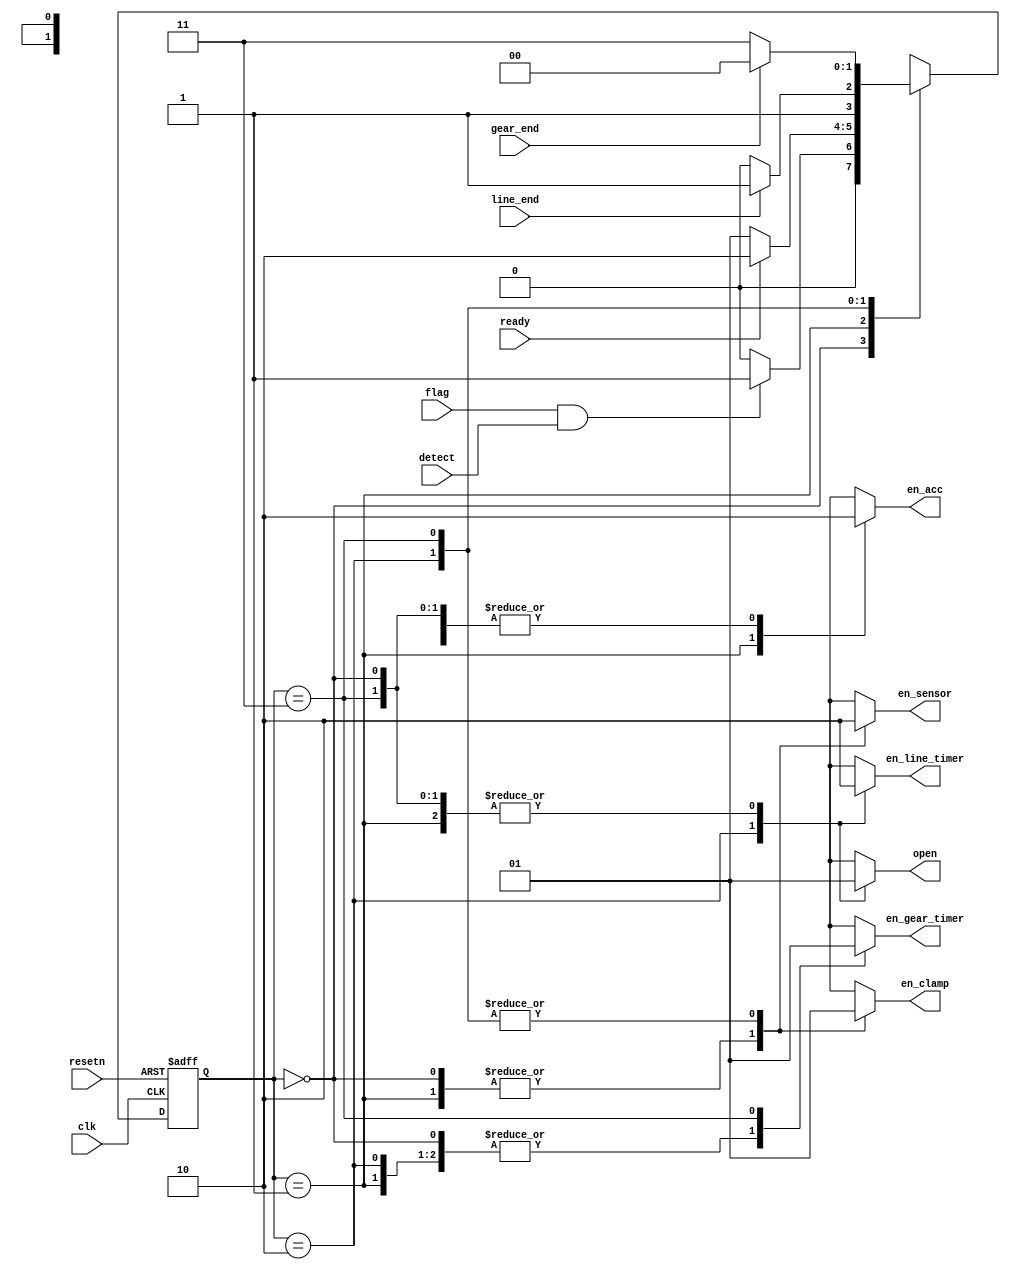
`timescale 1ns/1ps
module fsm
(
  //inputs
   clk
  ,resetn
  ,flag
  ,ready
  ,line_end
  ,gear_end
  ,detect
  
  //outputs
  ,open
  ,en_sensor
  ,en_acc
  ,en_clamp
  ,en_line_timer
  ,en_gear_timer
 );
 input clk;
 input resetn;
 input detect;
 input ready;
 input flag;
 input line_end;
 input gear_end;
 output reg open;
 output reg en_sensor;
 output reg en_acc;
 output reg en_clamp;
 output reg en_line_timer;
 output reg en_gear_timer;
 
 localparam IDLE = 2'b00;
 localparam TIMEOUT = 2'b01;
 localparam LINE = 2'b10;
 localparam GEAR = 2'b11;
 
 reg [1:0] current_state;
 reg [1:0] next_state;
 
 assign en_timer = (flag & detect);
  always@(posedge clk or negedge resetn)
  begin
	if(!resetn)
	  current_state <= IDLE;
	else
	  current_state <= next_state;
  end

  always@(*)
  begin
	case(current_state)
	  IDLE: begin
		if(en_timer)
		   next_state = TIMEOUT;
		else next_state = IDLE;
	  end
	  TIMEOUT: begin
		if(ready)
		   next_state = LINE;
		else next_state = TIMEOUT;
	  end  
	  LINE: begin
		if(line_end)
		   next_state = GEAR;
		else next_state = LINE;
	  end
	  GEAR: begin
		if(gear_end)
		   next_state = IDLE;
		else next_state = GEAR;
	  end
	  default: next_state = IDLE;
	 endcase
  end
  
  always@(*)
  begin
    case(current_state)
	  IDLE: begin 
	    open = 1'b1;
	    en_sensor = 1'b1;
	    en_clamp = 1'b0;
	    en_acc = 1'b0;
	    en_line_timer = 1'b0;
	    en_gear_timer = 1'b0;
	    end
	  TIMEOUT: begin
	    open = 1'b1;
	    en_sensor = 1'b1;
	    en_clamp = 1'b0;
	    en_acc = 1'b1;
	    en_line_timer = 1'b0;
	    en_gear_timer = 1'b0;	    
	    end
	  LINE: begin
	    open = 1'b0;
	    en_sensor =1'b0;
	    en_clamp = 1'b1;
	    en_acc = 1'b0;
	    en_line_timer = 1'b1;
	    en_gear_timer = 1'b0;
	    end
	  GEAR: begin
        open = 1'b1;
	    en_sensor =1'b0;
	    en_clamp = 1'b1;
	    en_acc = 1'b0;
	    en_line_timer = 1'b0;
	    en_gear_timer = 1'b1;
	    end      
	  default: begin
        open = 1'b0;
	    en_sensor =1'b0;
	    en_clamp = 1'b0;
	    en_acc = 1'b0;
	    en_line_timer = 1'b0;
	    en_gear_timer = 1'b0;
	    end  
    endcase
  end
 endmodule